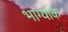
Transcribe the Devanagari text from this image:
भाग्यांक